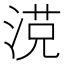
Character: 𣸿